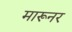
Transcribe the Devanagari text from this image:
मारूनर